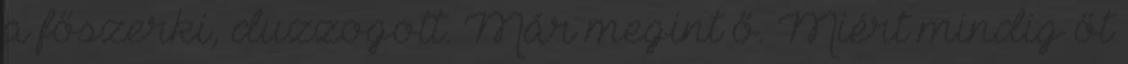
a főszerki, duzzogott. Már megint ő. Miért mindig őt